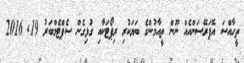
ތީހާއްސަ އޮޕަރޭސަންއެއް ނޫން ތީއާމުންގެ ބަޔަކުރި ރިޕޯޓަކާއި ގުޅިގެން ސެޕްޓެމްބަރު 19